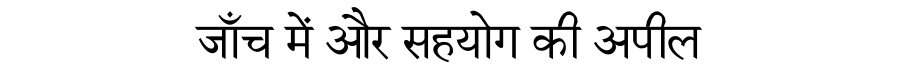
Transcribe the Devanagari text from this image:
जाँच में और सहयोग की अपील